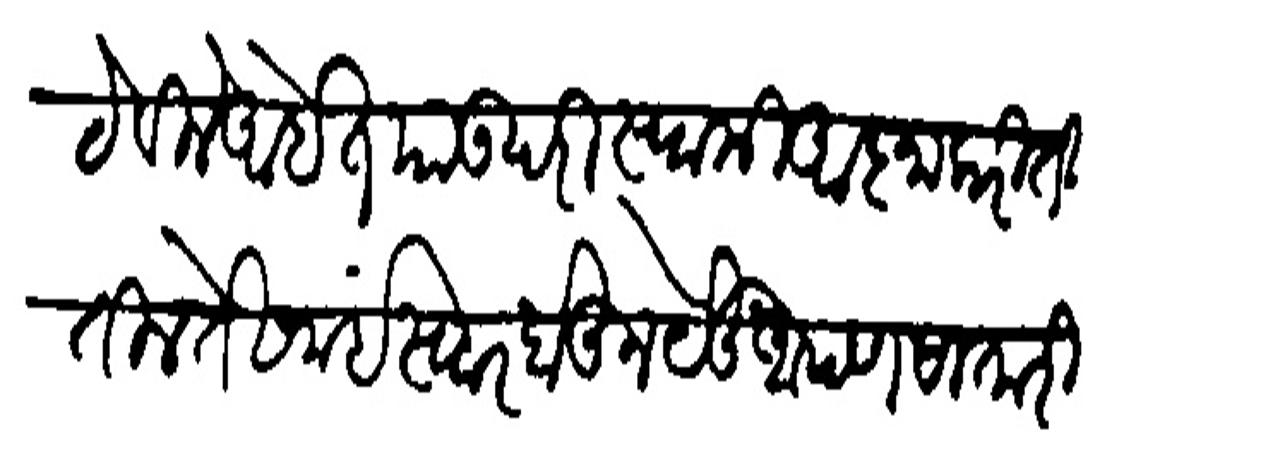
Transliteration (Devanagari): ठेबिले आहेत याउपरि स्वामी आज्ञा करितील ते समई स्वार होऊन पेऊं आपण सातारी